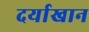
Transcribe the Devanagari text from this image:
दर्याखान